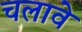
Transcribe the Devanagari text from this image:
चलावे